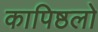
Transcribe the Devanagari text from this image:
कापिष्ठलो